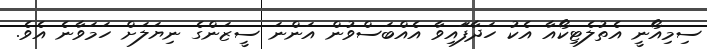
ސިމިއޯނީ އެތުލެޓިކޯއާ އެކު ހަދާފަައިވާ އެއްބަސްވުން އަންނަ ސީޒަންގެ ނިޔަލަށް ހަމަވާނެ އެވެ.